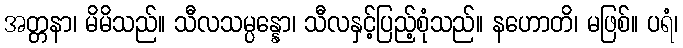
အတ္တနာ၊ မိမိသည်။ သီလသမ္ပန္နော၊ သီလနှင့်ပြည့်စုံသည်။ နဟောတိ၊ မဖြစ်။ ပရံ၊